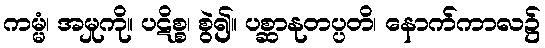
ကမ္မံ၊ အမှုကို။ ပဋိစ္စ၊ စွဲ၍။ ပစ္ဆာနုတပ္ပတိ၊ နောက်ကာလ၌